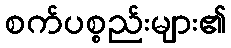
စက်ပစ္စည်းများ၏